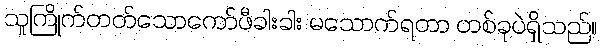
သူကြိုက်တတ်သောကော်ဖီခါးခါး မသောက်ရတာ တစ်ခုပဲရှိသည်။